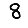
Digit: 8